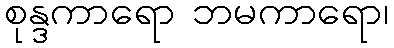
စုန္ဒကာရော ဘမကာရော၊